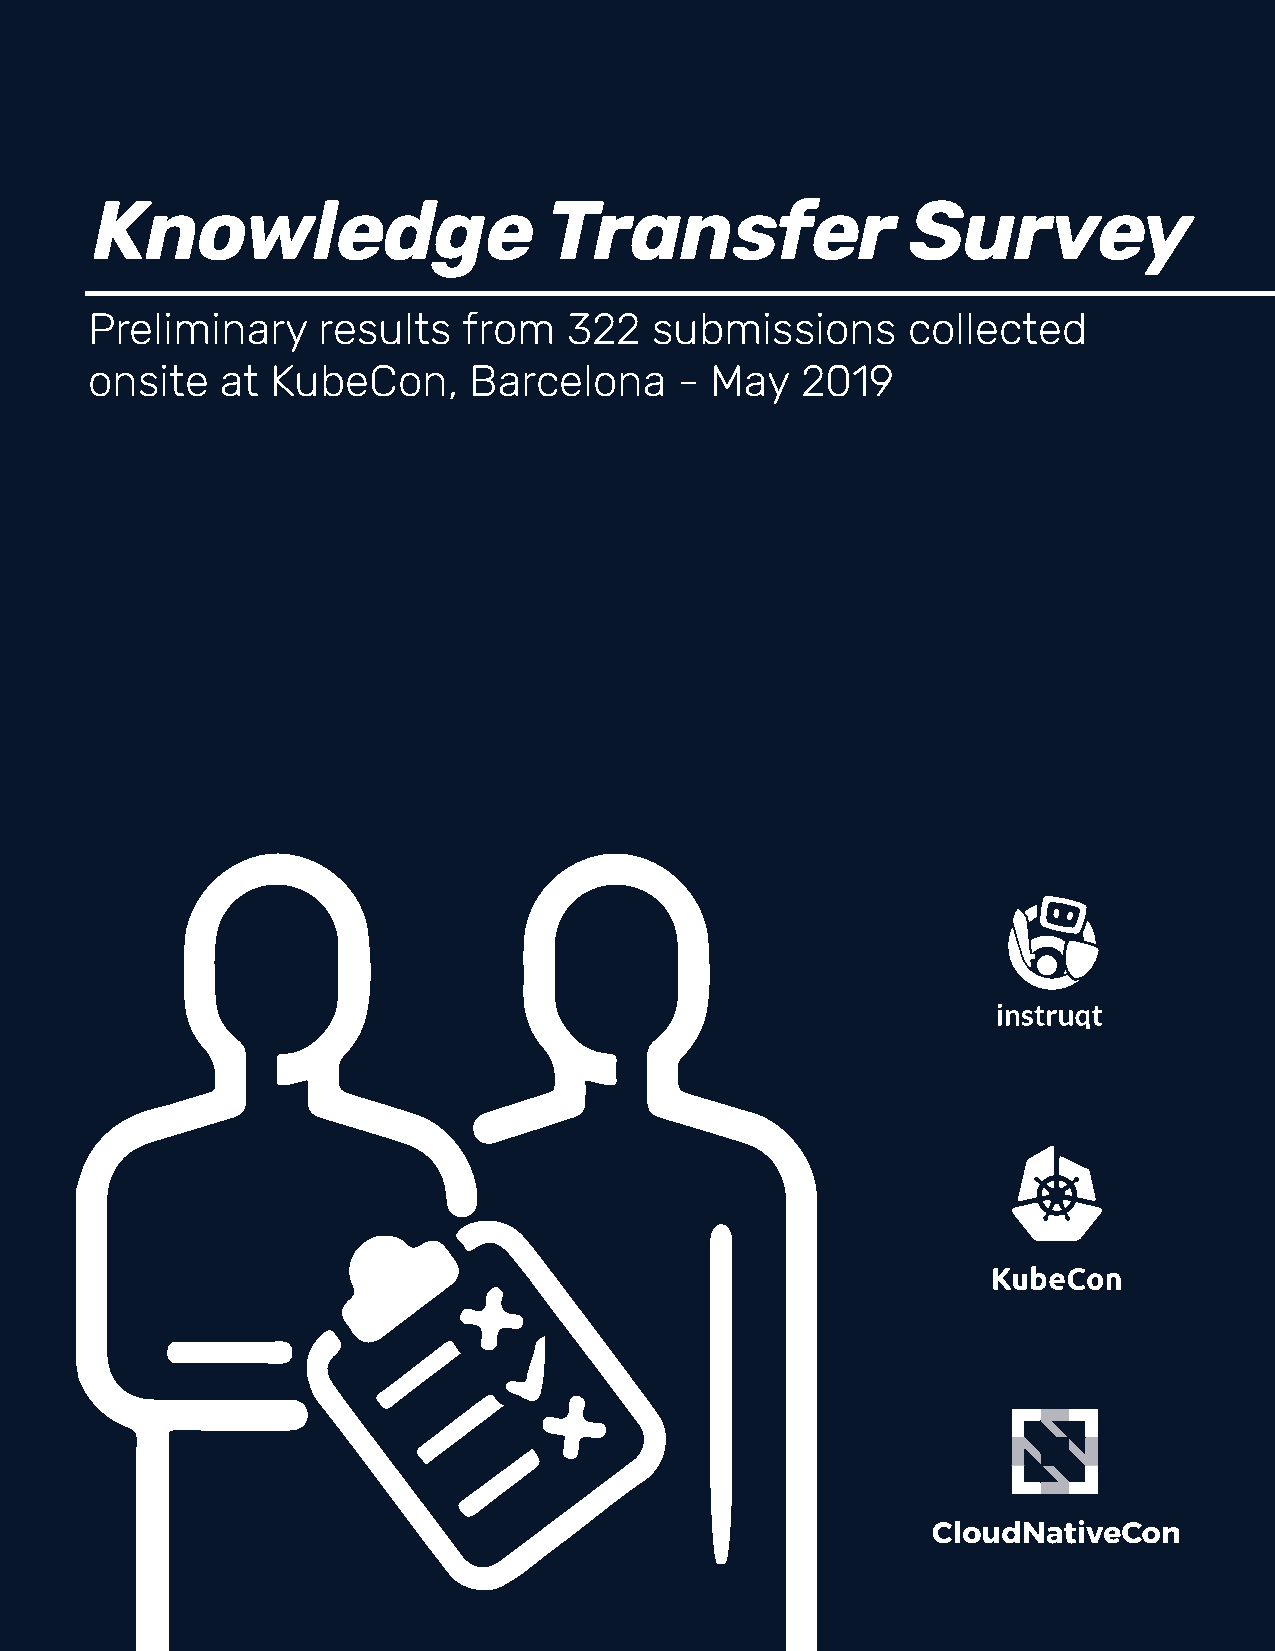
Knowledge                     Transfer                Survey
 Preliminary    results   from   322  submissions      collected
 onsite   at KubeCon,     Barcelona     - May   2019